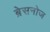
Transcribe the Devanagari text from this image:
ब्रेसनोज